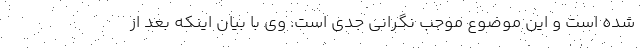
شده است و این موضوع موجب نگرانی جدی است. وی با بیان اینکه بعد از